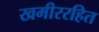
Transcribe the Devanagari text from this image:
खमीररहित